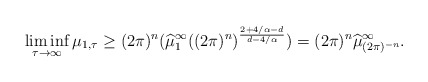
\begin{align*}\liminf_{\tau\to\infty} \mu_{1,\tau}\geq (2\pi)^n(\widehat{\mu}^{\infty}_1((2\pi)^n)^{\frac{2+4/\alpha-d}{d-4/\alpha}})=(2\pi)^n\widehat{\mu}^{\infty}_{(2\pi)^{-n}}.\end{align*}